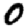
Digit: 0